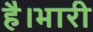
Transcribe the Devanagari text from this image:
है।भारी